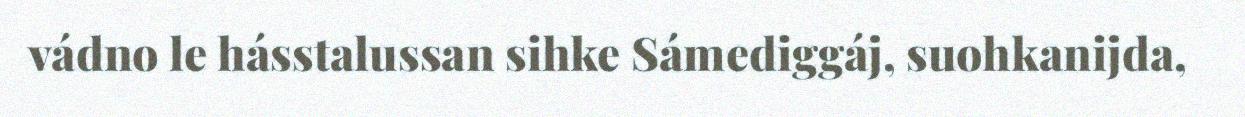
vádno le hásstalussan sihke Sámediggáj, suohkanijda,